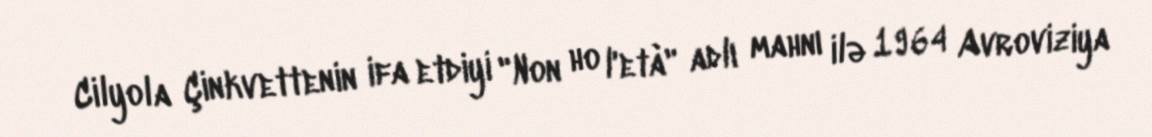
Cilyola Çinkvettenin ifa etdiyi "Non ho l'età" adlı mahnı ilə 1964 Avroviziya